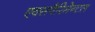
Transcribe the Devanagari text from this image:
एक्सपैरिमेन्टल